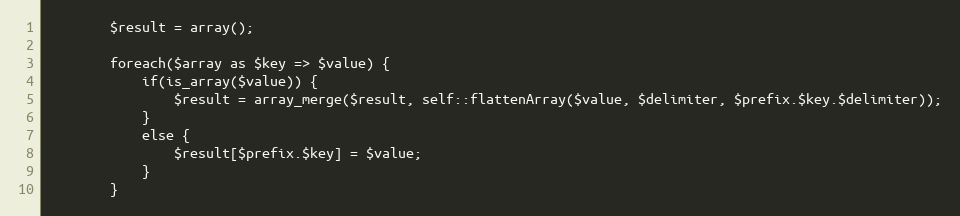
Language: PHP
        $result = array();

        foreach($array as $key => $value) {
            if(is_array($value)) {
                $result = array_merge($result, self::flattenArray($value, $delimiter, $prefix.$key.$delimiter));
            }
            else {
                $result[$prefix.$key] = $value;
            }
        }